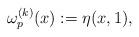
LaTeX: \begin{align*}\omega^{(k)}_p(x):=\eta(x,1),\end{align*}